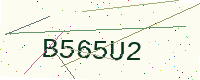
Text: B565U2